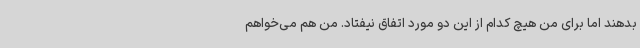
بدهند اما برای من هیچ کدام از این دو مورد اتفاق نیفتاد. من هم می‌خواهم